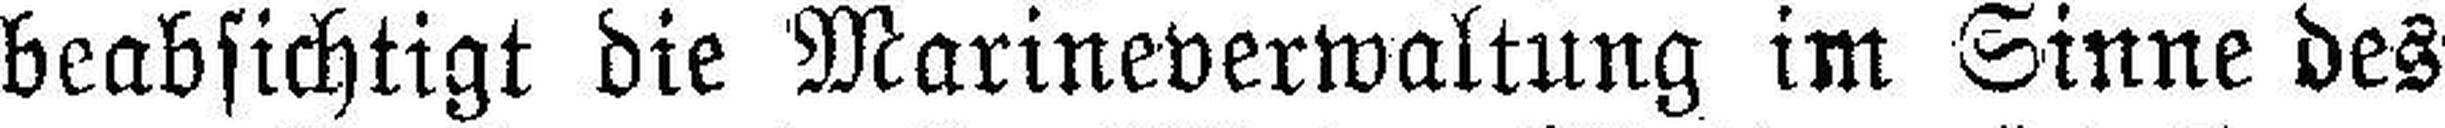
beabsichtigt die Marineverwaltung im Sinne des